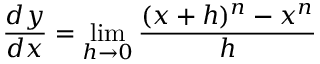
{ \frac { d y } { d x } } = \operatorname* { l i m } _ { h \to 0 } { \frac { ( x + h ) ^ { n } - x ^ { n } } { h } }